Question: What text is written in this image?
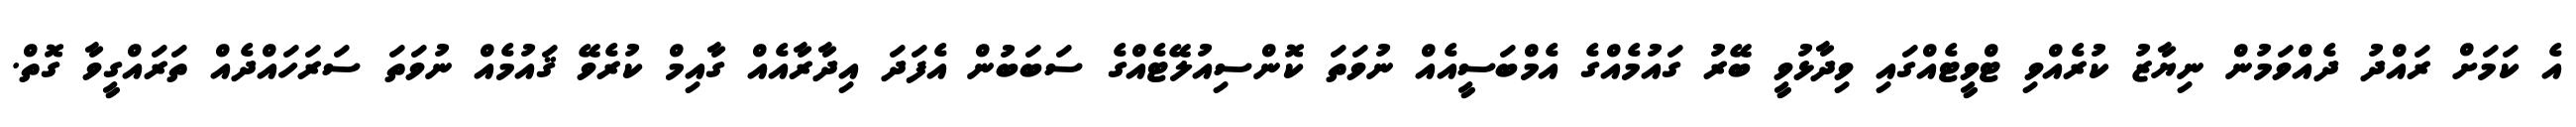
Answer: އެ ކަމަށް ރައްދު ދެއްވަމުން ނިޔާޒު ކުރެއްވި ޓްވީޓެއްގައި ވިދާޅުވީ ބޭރު ގައުމެއްގެ އެމްބަސީއެއް ނުވަތަ ކޮންސިއުލޭޓެއްގެ ސަބަބުން އެފަދަ އިދާރާއެއް ގާއިމް ކުރެވޭ ޤައުމެއް ނުވަތަ ސަރަހައްދެއް ތަރައްގީވާ ގޮތް.